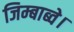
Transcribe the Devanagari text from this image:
जिम्बाब्वे।